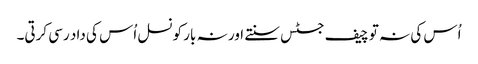
اُس کی نہ تو چیف جسٹس سنتے اور نہ بار کونسل اُس کی داد رسی کرتی۔